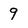
Character: 9